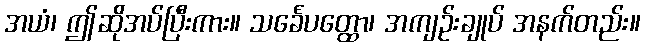
အယံ၊ ဤဆိုအပ်ပြီးကား။ သင်္ခေပတ္ထော၊ အကျဉ်းချုပ် အနက်တည်း။